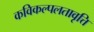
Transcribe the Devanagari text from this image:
कविकल्पलतावृत्ति